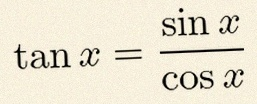
\tan x=\frac{\sin x}{\cos x}